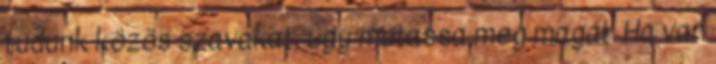
tudunk közös szavakat, úgy mutassa meg magát. Ha van